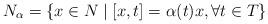
LaTeX: \begin{align*}N_{\alpha}=\left\{x\in N\mid [x,t]=\alpha(t)x, \forall t\in T\right\} \end{align*}